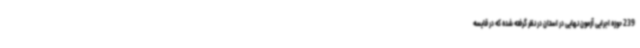
239 حوزه اجرایی آزمون نهایی در استان در نظر گرفته شده که در قایسه